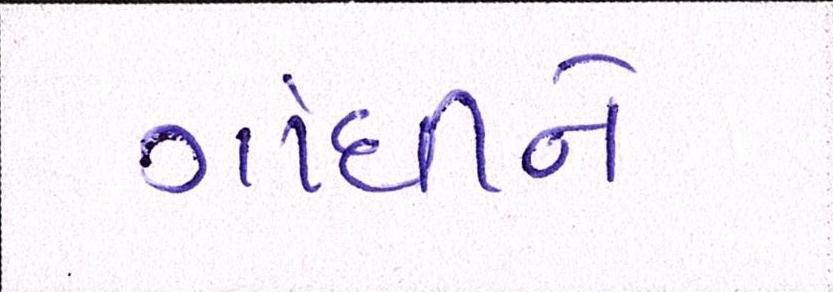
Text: ગાંધીને